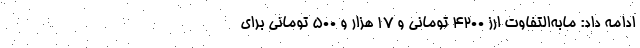
ادامه داد: مابه‌‌التفاوت ارز 4200 تومانی و 17 هزار و 500 تومانی برای